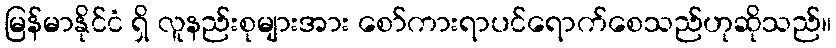
မြန်မာနိုင်ငံ ရှိ လူနည်းစုများအား စော်ကားရာပင်ရောက်စေသည်ဟုဆိုသည်။